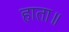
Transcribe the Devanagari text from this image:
हाता॥